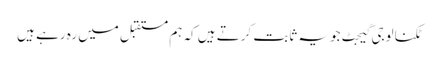
ٹکنالوجی گیجٹ جو یہ ثابت کرتے ہیں کہ ہم مستقبل میں رہ رہے ہیں